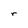
Character: r